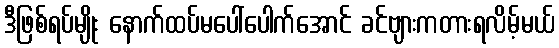
ဒီဖြစ်ရပ်မျိုး နောက်ထပ်မပေါ်ပေါက်အောင် ခင်ဗျားကတားရလိမ့်မယ်